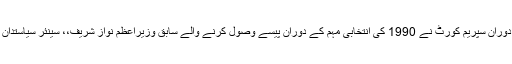
تفصیلات کے مطابق مذکورہ کیس کی 2 جون کو ہونے والی سماعت کے دوران سپریم کورٹ نے 1990 کی انتخابی مہم کے دوران پیسے وصول کرنے والے سابق وزیراعظم نواز شریف،، سینئر سیاستدان جاوید ہاشمی اور عابدہ حسین سمیت21 سویلین کو نوٹس جاری کیے تھے۔